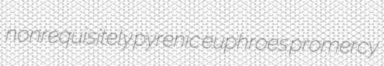
nonrequisitely pyrenic euphroes promercy